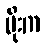
မိုးက